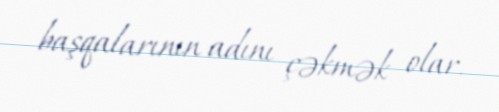
başqalarının adını çəkmək olar.